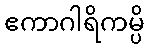
ဧကာဂါရိကမ္ပိ